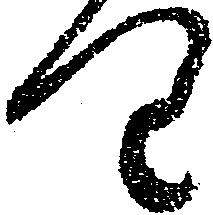
り